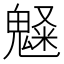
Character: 𩳫